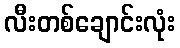
လီးတစ်ချောင်းလုံး